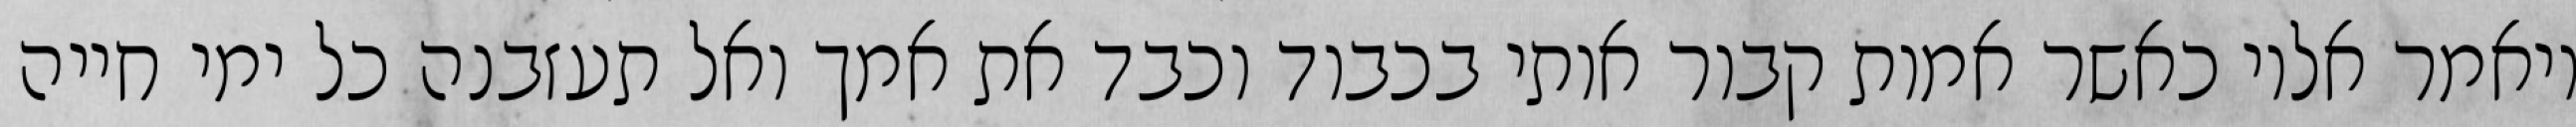
ויאמר אליו כאשר אמות קבור אותי בכבוד וכבד את אמך ואל תעזבנה כל ימי חייה